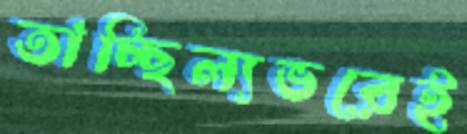
তাচ্ছিল্যভরেই